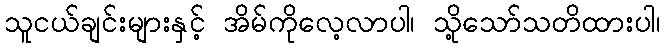
သူငယ်ချင်းများနှင့် အိမ်ကိုလေ့လာပါ၊ သို့သော်သတိထားပါ၊